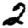
Digit: 2